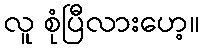
လူ စုံပြီလားဟေ့။